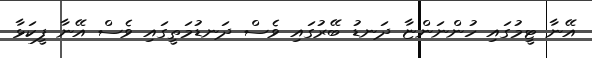
އޭނާ ޓީމުގައި ހުންނަންޏާ ދަނޑު ބޭރުގައި ވެސް ދަނޑުމަތީގައި ވެސް އޭނާ ފީކަޅާ